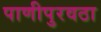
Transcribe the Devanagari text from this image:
पाणीपुरवठा